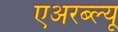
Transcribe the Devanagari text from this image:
एअरब्ल्यू